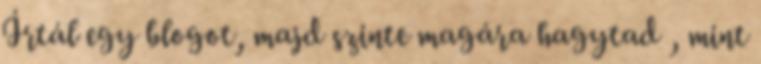
Írtál egy blogot, majd szinte magára hagytad , mint